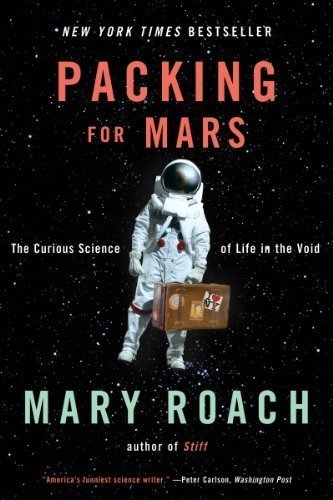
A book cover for Packing for Mars: The Curious Science of Life in the Void (Edition Reprint) by Roach, Mary [Paperback(2011Â£Â©]; Science & Math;